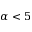
\alpha < 5